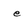
Character: e